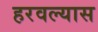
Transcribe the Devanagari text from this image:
हरवल्यास